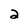
Character: 2